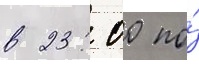
в 23: 00 по́